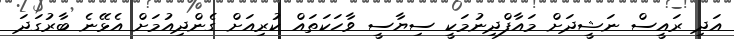
އަދި ރައީސް ނަޝީދަށް މައާފްދިނުމަކީ ސިޔާސީ ވާހަކަތައް ކުރިއަށް ގެންދިއުމަށް އެޅޭނެ ބާރުގަދަ